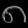
Digit: ၈